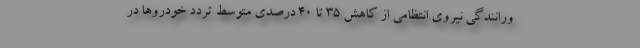
ورانندگی نیروی انتظامی از کاهش ۳۵ تا ۴۰ درصدی متوسط تردد خودروها در